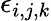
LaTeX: \epsilon_{i,j,k}